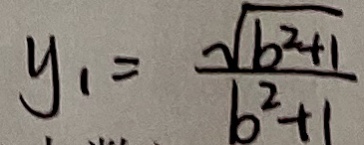
y _ { 1 } = \frac { \sqrt { b ^ { 2 } + 1 } } { b ^ { 2 } + 1 }